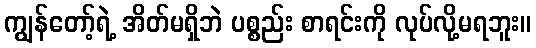
ကျွန်တော့်ရဲ့ အိတ်မရှိဘဲ ပစ္စည်း စာရင်းကို လုပ်လို့မရဘူး။